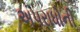
અપરાધોની